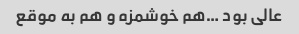
عالی بود …هم خوشمزه و هم به موقع